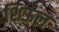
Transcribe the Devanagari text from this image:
शिऊल